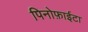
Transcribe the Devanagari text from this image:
पिनोफ़ाईटा